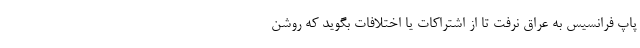
پاپ فرانسیس به عراق نرفت تا از اشتراکات یا اختلافات بگوید که روشن